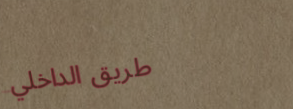
طريق الداخلي